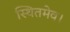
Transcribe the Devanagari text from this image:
स्थितमेव।